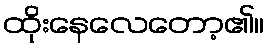
ထိုးနေလေတော့၏။